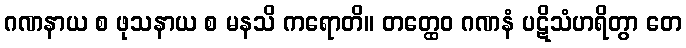
ဂဏနာယ စ ဖုသနာယ စ မနသိ ကရောတိ။ တတ္ထေဝ ဂဏနံ ပဋိသံဟရိတွာ တေ